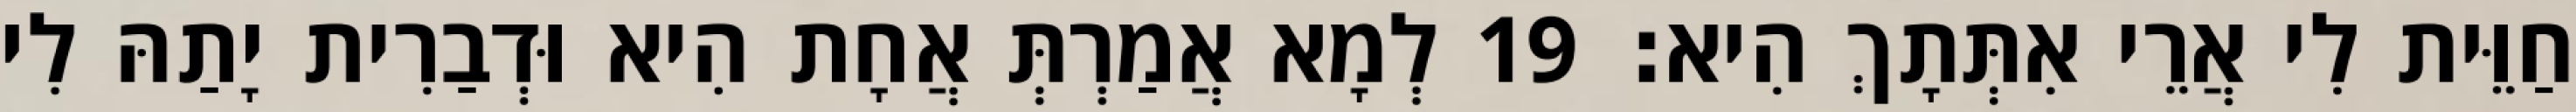
חַוֵּית לִי אֲרֵי אִתְּתָךְ הִיא׃ 19 לְמָא אֲמַרְתְּ אֲחָת הִיא וּדְבַרִית יָתַהּ לִי